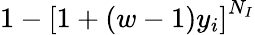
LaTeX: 1-\left[1+(w-1)y_{i}\right]^{N_{I}}